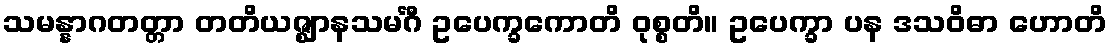
သမန္နာဂတတ္တာ တတိယဇ္ဈာနသမင်္ဂီ ဥပေက္ခကောတိ ဝုစ္စတိ။ ဥပေက္ခာ ပန ဒသဝိဓာ ဟောတိ